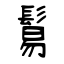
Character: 鬄